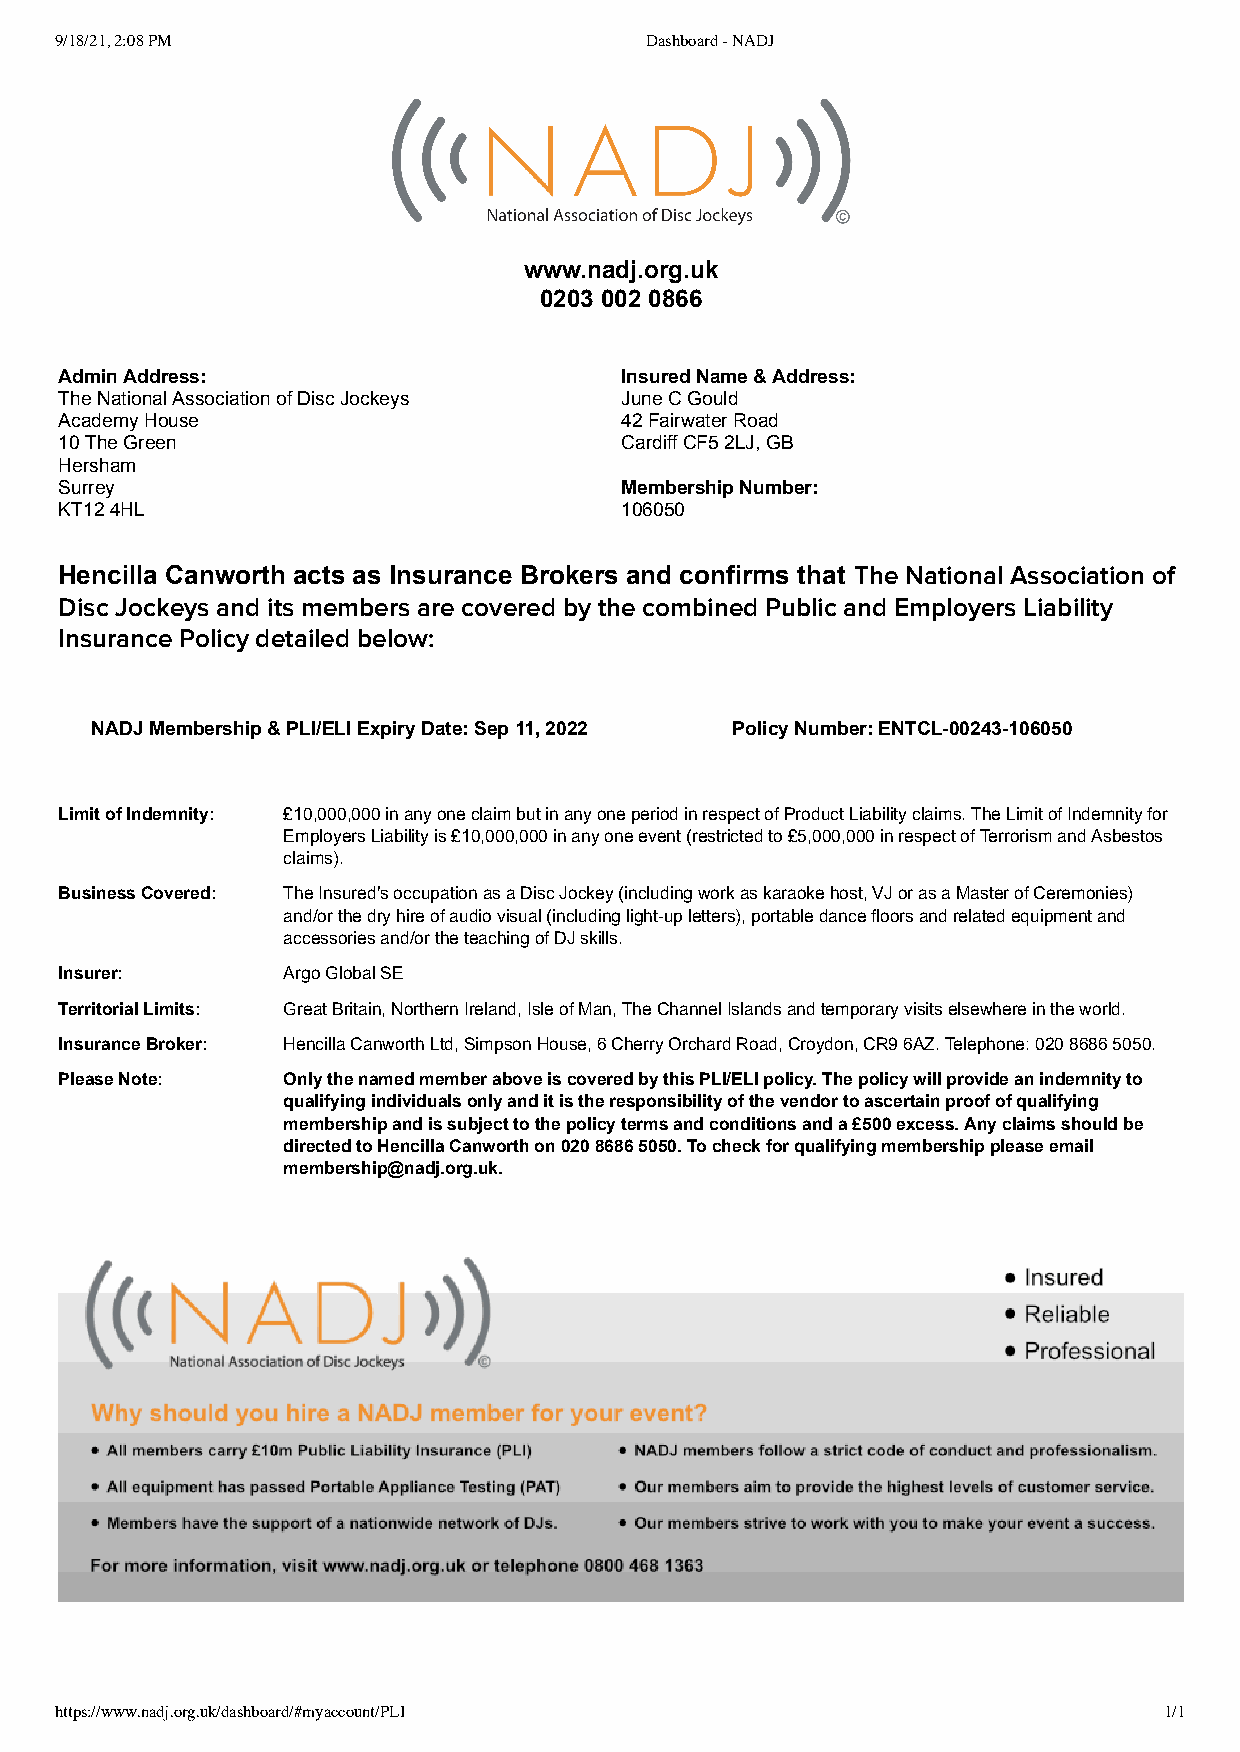
9/18/21, 2:08 PM                       Dashboard - NADJ
 www.nadj.org.uk
 0203 002 0866
 Admin Address:                       Insured Name & Address:
 The National Association of Disc Jockeys June C Gould
 Academy House                        42 Fairwater Road
 10 The Green                         Cardiff CF5 2LJ, GB
 Hersham
 Surrey                               Membership Number:
 KT12 4HL                             106050
 Hencilla Canworth acts as Insurance Brokers and confirms that The National Association of
 Disc Jockeys and its members are covered by the combined Public and Employers Liability
 Insurance Policy detailed below:
 NADJ Membership & PLI/ELI Expiry Date: Sep 11, 2022 Policy Number: ENTCL-00243-106050
 Limit of Indemnity: £10,000,000 in any one claim but in any one period in respect of Product Liability claims. The Limit of Indemnity for
 Employers Liability is £10,000,000 in any one event (restricted to £5,000,000 in respect of Terrorism and Asbestos
 claims).
 Business Covered: The Insured's occupation as a Disc Jockey (including work as karaoke host, VJ or as a Master of Ceremonies)
 and/or the dry hire of audio visual (including light-up letters), portable dance floors and related equipment and
 accessories and/or the teaching of DJ skills.
 Insurer:       Argo Global SE
 Territorial Limits: Great Britain, Northern Ireland, Isle of Man, The Channel Islands and temporary visits elsewhere in the world.
 Insurance Broker: Hencilla Canworth Ltd, Simpson House, 6 Cherry Orchard Road, Croydon, CR9 6AZ. Telephone: 020 8686 5050.
 Please Note:   Only the named member above is covered by this PLI/ELI policy. The policy will provide an indemnity to
 qualifying individuals only and it is the responsibility of the vendor to ascertain proof of qualifying
 membership and is subject to the policy terms and conditions and a £500 excess. Any claims should be
 directed to Hencilla Canworth on 020 8686 5050. To check for qualifying membership please email
 membership@nadj.org.uk.
 https://www.nadj.org.uk/dashboard/#myaccount/PLI                         1/1